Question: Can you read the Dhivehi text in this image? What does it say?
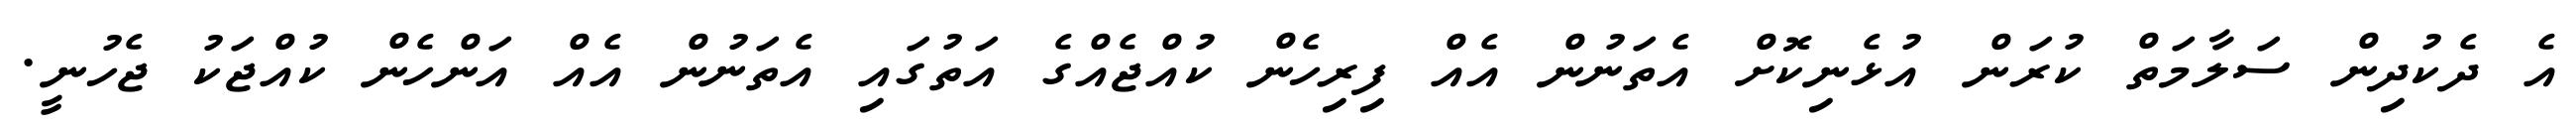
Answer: އެ ދެކުދިން ސަލާމަތް ކުރަން އުޅެނިކޮށް އެތަނުން އެއް ފިރިހެން ކުއްޖެއްގެ އަތުގައި އެތަނުން އެއް އަންހެން ކުއްޖަކު ޖެހުނީ.